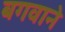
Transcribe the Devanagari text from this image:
बगवाने